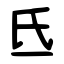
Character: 氐